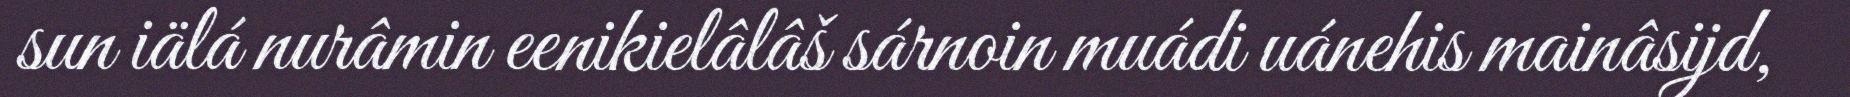
sun iälá nurâmin eenikielâlâš sárnoin muádi uánehis mainâsijd,